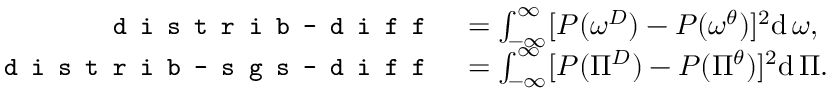
\begin{array} { r l } { \texttt { \small d i s t r i b - d i f f } } & { = \int _ { - \infty } ^ { \infty } [ P ( \omega ^ { D } ) - P ( \omega ^ { \theta } ) ] ^ { 2 } \mathrm { d } \, \omega , } \\ { \texttt { \small d i s t r i b - s g s - d i f f } } & { = \int _ { - \infty } ^ { \infty } [ P ( \Pi ^ { D } ) - P ( \Pi ^ { \theta } ) ] ^ { 2 } \mathrm { d } \, \Pi . } \end{array}